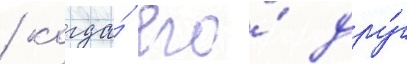
/ когда́ его́ дру́г